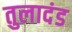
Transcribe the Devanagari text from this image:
तुलादंड